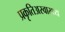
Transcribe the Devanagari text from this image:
प्रकृतिअस्वास्थ्य